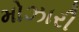
મોઝારી